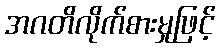
အဂတိလိုက်စားမှုဖြင့်